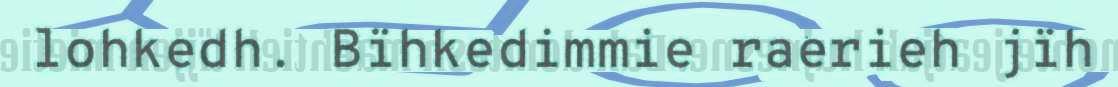
lohkedh. Bïhkedimmie raerieh jïh